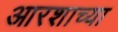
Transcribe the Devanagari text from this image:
आरशाच्या